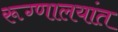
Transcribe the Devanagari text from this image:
रूग्णालयांत